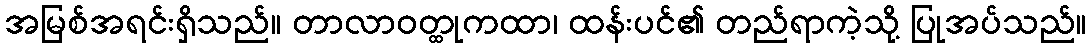
အမြစ်အရင်းရှိသည်။ တာလာဝတ္ထုကထာ၊ ထန်းပင်၏ တည်ရာကဲ့သို့ ပြုအပ်သည်။